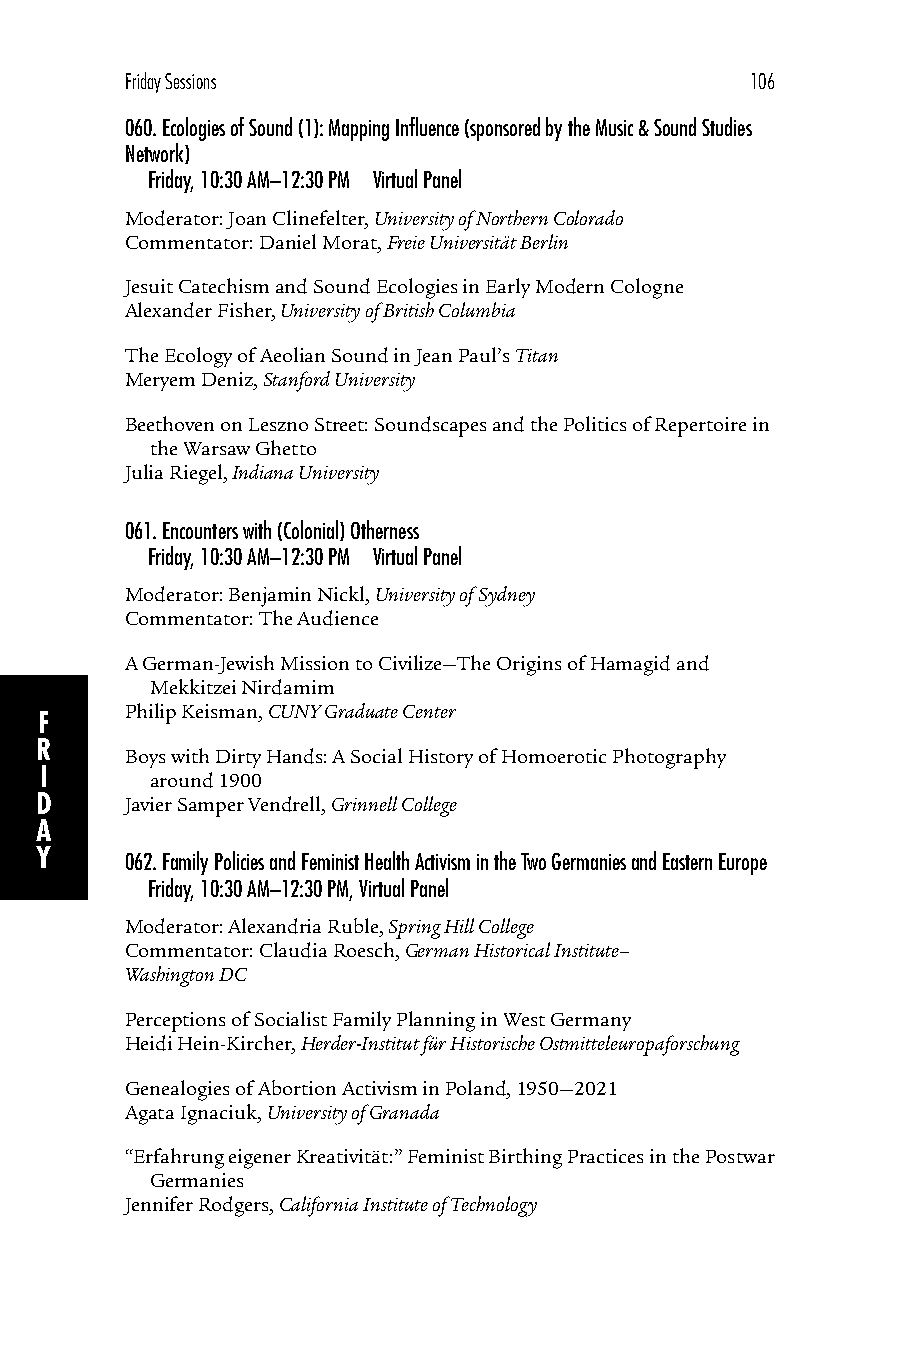
Friday Sessions                           106
 060. Ecologies of Sound (1): Mapping Influence (sponsored by the Music & Sound Studies
 Network)
 Friday, 10:30 AM–12:30 PM Virtual Panel
 Moderator: Joan Clinefelter, University of Northern Colorado
 Commentator: Daniel Morat, Freie Universität Berlin
 Jesuit Catechism and Sound Ecologies in Early Modern Cologne
 Alexander Fisher, University of British Columbia
 The Ecology of Aeolian Sound in Jean Paul’s Titan
 Meryem Deniz, Stanford University
 Beethoven on Leszno Street: Soundscapes and the Politics of Repertoire in
 the Warsaw Ghetto
 Julia Riegel, Indiana University
 061. Encounters with (Colonial) Otherness
 Friday, 10:30 AM–12:30 PM Virtual Panel
 Moderator: Benjamin Nickl, University of Sydney
 Commentator: The Audience
 A German-Jewish Mission to Civilize—The Origins of Hamagid and
 Mekkitzei Nirdamim
 Philip Keisman, CUNY Graduate Center
 F
 R
 Boys with Dirty Hands: A Social History of Homoerotic Photography
 I
 around 1900
 D     Javier Samper Vendrell, Grinnell College
 A
 Y     062. Family Policies and Feminist Health Activism in the Two Germanies and Eastern Europe
 Friday, 10:30 AM–12:30 PM, Virtual Panel
 Moderator: Alexandria Ruble, Spring Hill College
 Commentator: Claudia Roesch, German Historical Institute–
 Washington DC
 Perceptions of Socialist Family Planning in West Germany
 Heidi Hein-Kircher, Herder-Institut für Historische Ostmitteleuropaforschung
 Genealogies of Abortion Activism in Poland, 1950—2021
 Agata Ignaciuk, University of Granada
 “Erfahrung eigener Kreativität:” Feminist Birthing Practices in the Postwar
 Germanies
 Jennifer Rodgers, California Institute of Technology